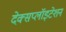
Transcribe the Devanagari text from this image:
देक्सप्लॉइटेशन